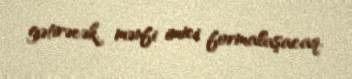
gətirəcək, mənfi imici formalaşacaq.